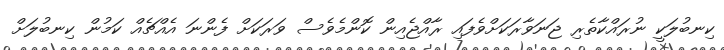
ކިނބުލަކީ ނުރައްކާތެރި ޖަނަވާރަކަށްވެފައި ރާއްޖެއިން ކޮންމެވެސް ވަރަކަށް ފެންނަ އެއްޗެއް ކަމުން ކިނބުލަށް